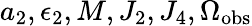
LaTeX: a_{2},\epsilon_{2},M,J_{2},J_{4},\Omega_{\mathrm{obs}}